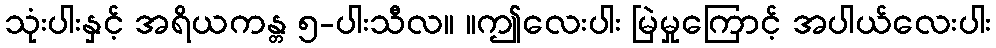
သုံးပါးနှင့် အရိယကန္တ ၅-ပါးသီလ။ ။ဤလေးပါး မြဲမှုကြောင့် အပါယ်လေးပါး